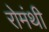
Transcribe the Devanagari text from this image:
रोमंथी